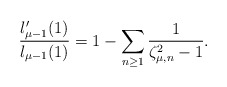
\begin{align*}\frac{l_{\mu-1}'(1)}{l_{\mu-1}(1)}=1-\sum_{n\geq 1}\frac{1}{\zeta_{\mu,n}^2-1}.\end{align*}